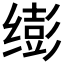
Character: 𫄵